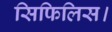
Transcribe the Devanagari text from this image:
सिफिलिस।